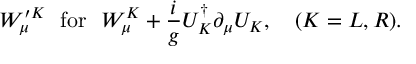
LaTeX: W _ { \mu } ^ { \prime K } ~ ~ \mathrm { f o r } ~ ~ W _ { \mu } ^ { K } + \frac { i } { g } U _ { K } ^ { \dagger } \partial _ { \mu } U _ { K } , ~ ~ ~ ( K = L , R ) .